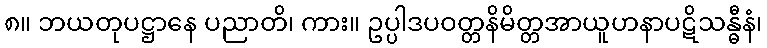
၈။ ဘယတုပဋ္ဌာနေ ပညာတိ၊ ကား။ ဥပ္ပါဒပဝတ္တနိမိတ္တအာယူဟနာပဋိသန္ဓီနံ၊